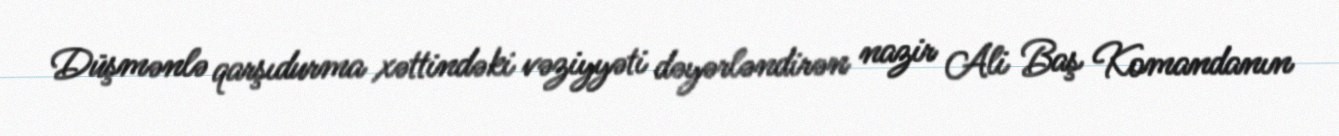
Düşmənlə qarşıdurma xəttindəki vəziyyəti dəyərləndirən nazir Ali Baş Komandanın